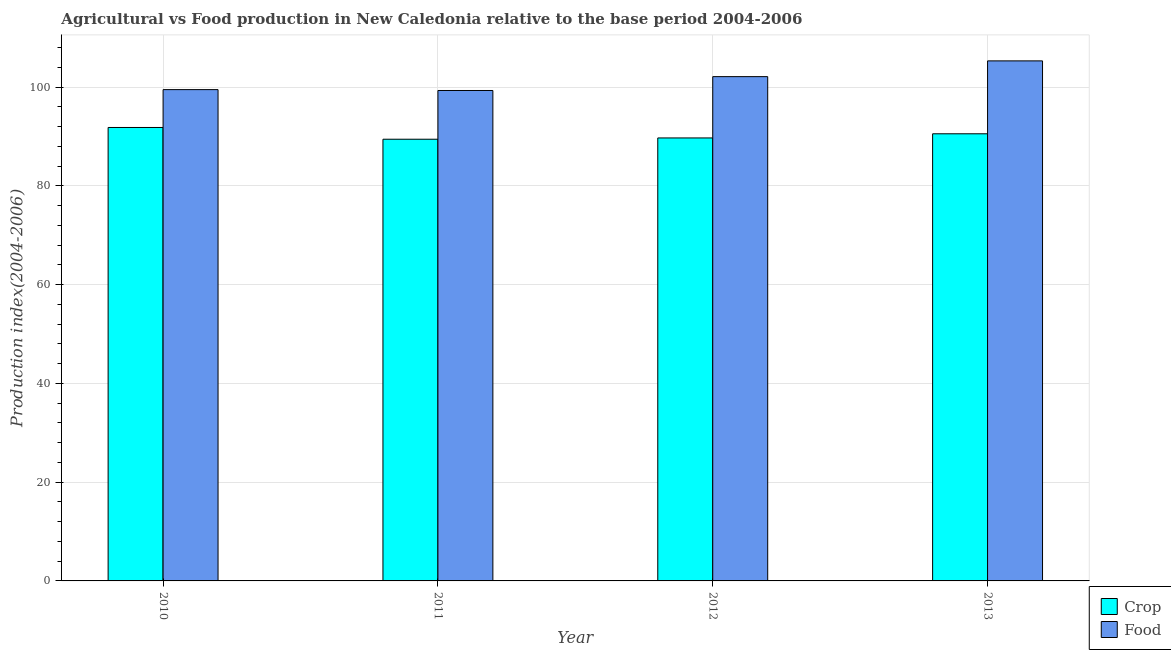
| Year | Crop | Food |
 | --- | --- | --- |
 | 2010 | 91.8 | 99.5 |
 | 2011 | 89.5 | 99.3 |
 | 2012 | 89.7 | 102 |
 | 2013 | 90.6 | 105 |